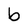
Character: b